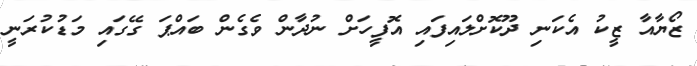
ޒޯޔާއާ ޒީކު އެކަނި ދޫކޮށްލައިފައި އޮފީހަށް ނުދާން ވެގެން ބައްޕަ ގޭގައި މަޑުކުރަނީ